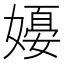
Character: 𪦗